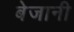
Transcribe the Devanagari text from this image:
बेजानी